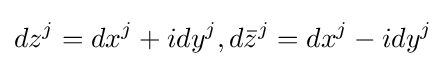
dz^{j}=dx^{j}+idy^{j},d{\bar {z}}^{j}=dx^{j}-idy^{j}